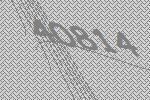
40814